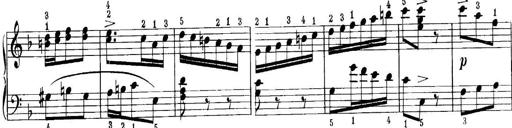
Title: Quatres sonatines
Composer: Tadeusz Joteyko